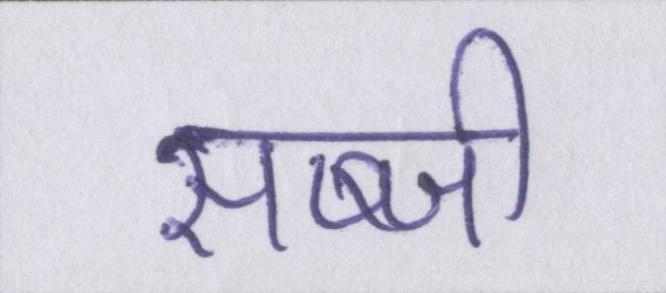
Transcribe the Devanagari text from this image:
सब्जी